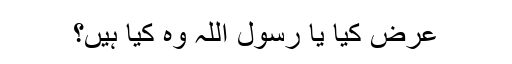
عرض کیا یا رسول اللہ وہ کیا ہیں؟